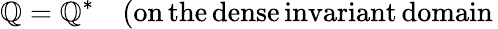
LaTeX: \mathbb{Q}=\mathbb{Q}^{\ast}\quad(\mathrm{{on\, the\, dense\, invariant\, domain}}\,